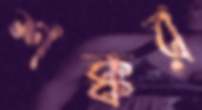
শক্কর